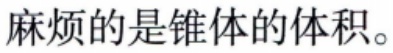
麻烦的是锥体的体积。